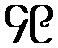
၄၉